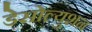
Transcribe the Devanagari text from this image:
डेसोल्युशन